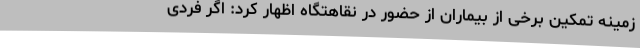
زمینه تمکین برخی از بیماران از حضور در نقاهتگاه اظهار کرد: اگر فردی